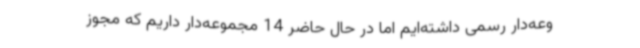
وعه‌دار رسمی داشته‌ایم اما در حال حاضر 14 مجموعه‌دار داریم که مجوز